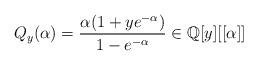
LaTeX: \begin{align*}Q_y(\alpha) = \frac{\alpha(1 + ye^{-\alpha})}{1 - e^{-\alpha}}\in \mathbb{Q}[y][[\alpha]]\end{align*}